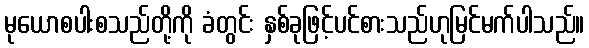
မုယောစပါးစသည်တို့ကို ခံတွင်း နှစ်ခုဖြင့်ပင်စားသည်ဟုမြင်မက်ပါသည်။